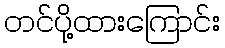
တင်ပို့ထားကြောင်း